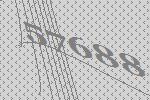
57688